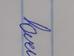
Signature authenticity: genuine